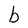
Character: b